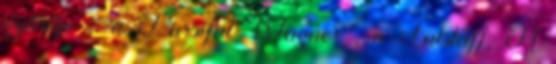
gyűrűje ; a Parsifal Wagner , a Falstaff, A